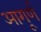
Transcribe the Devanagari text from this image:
आगूर्ण